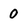
Character: 0